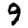
Digit: 9